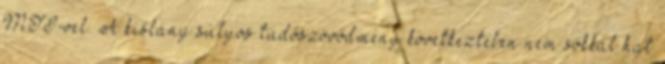
MTI-vel. A kislány súlyos tüdőszövődmény következtében nem sokkal hat